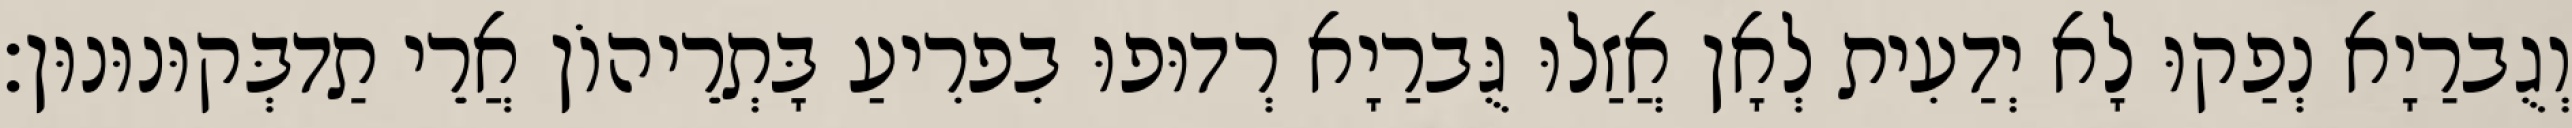
וְגֻברַיָא נְפַקוּ לָא יְדַעִית לְאָן אֲזַלוּ גֻּברַיָא רְדוּפוּ בִפרִיעַ בָּתְרֵיהוֹן אֲרֵי תַדבְּקוּנוּנוּן׃